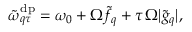
\tilde { \omega } _ { q \tau } ^ { \mathrm { d p } } = { \omega } _ { 0 } + \Omega \tilde { f } _ { q } + \tau \, \Omega | \tilde { g } _ { q } | ,